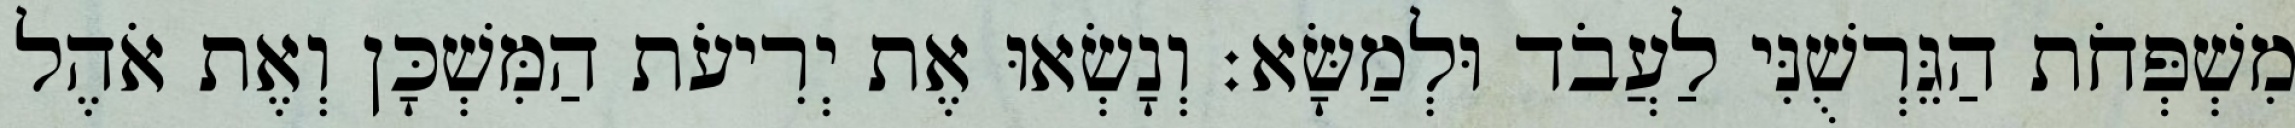
מִשְׁפְּחֹת הַגֵּרְשֻׁנִּי לַעֲבֹד וּלְמַשָּׂא׃ וְנָשְׂאוּ אֶת יְרִיעֹת הַמִּשְׁכָּן וְאֶת אֹהֶל